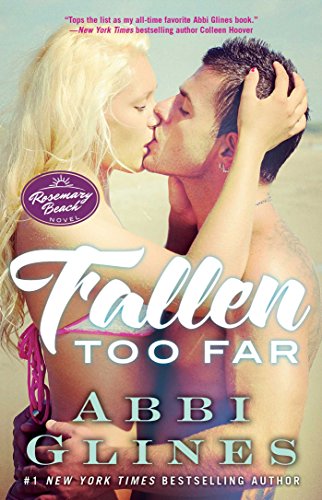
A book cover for Fallen Too Far: A Rosemary Beach Novel (The Rosemary Beach Series); Abbi Glines; Romance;